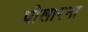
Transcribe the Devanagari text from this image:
पोलारना